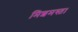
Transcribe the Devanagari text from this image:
मिशमस्त।